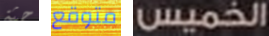
جثة متوقع الخميس